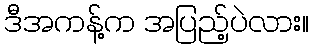
ဒီအကန့်က အပြည့်ပဲလား။